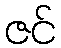
ဇင်